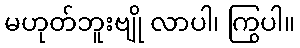
မဟုတ်ဘူးဗျို လာပါ၊ ကြွပါ။